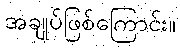
အချုပ်ဖြစ်ကြောင်း။